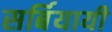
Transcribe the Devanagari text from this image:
सर्बियायी